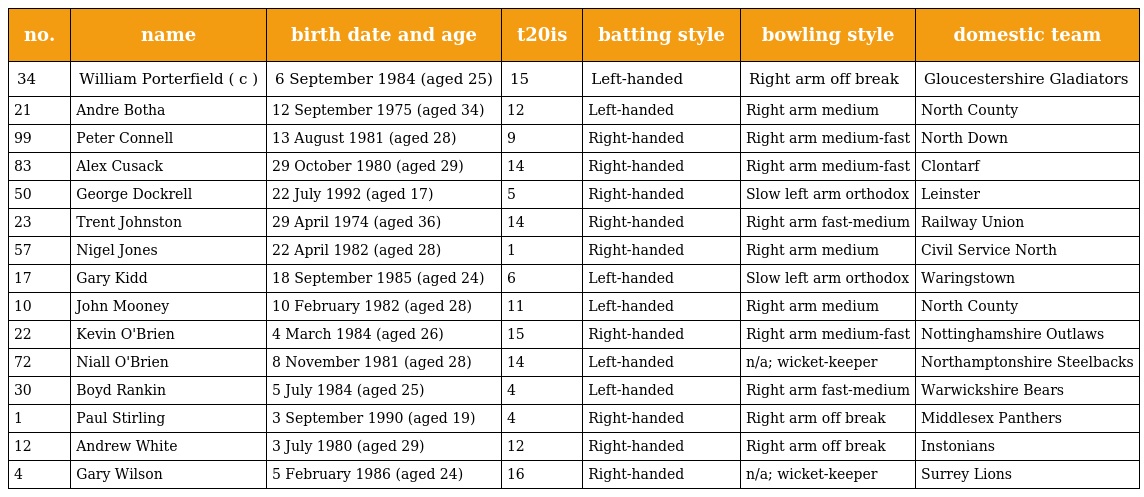
| no. | name | birth date and age | t20is | batting style | bowling style | domestic team |
 | --- | --- | --- | --- | --- | --- | --- |
 | 34 | William Porterfield ( c ) | 6 September 1984 (aged 25) | 15 | Left-handed | Right arm off break | Gloucestershire Gladiators |
 | 21 | Andre Botha | 12 September 1975 (aged 34) | 12 | Left-handed | Right arm medium | North County |
 | 99 | Peter Connell | 13 August 1981 (aged 28) | 9 | Right-handed | Right arm medium-fast | North Down |
 | 83 | Alex Cusack | 29 October 1980 (aged 29) | 14 | Right-handed | Right arm medium-fast | Clontarf |
 | 50 | George Dockrell | 22 July 1992 (aged 17) | 5 | Right-handed | Slow left arm orthodox | Leinster |
 | 23 | Trent Johnston | 29 April 1974 (aged 36) | 14 | Right-handed | Right arm fast-medium | Railway Union |
 | 57 | Nigel Jones | 22 April 1982 (aged 28) | 1 | Right-handed | Right arm medium | Civil Service North |
 | 17 | Gary Kidd | 18 September 1985 (aged 24) | 6 | Left-handed | Slow left arm orthodox | Waringstown |
 | 10 | John Mooney | 10 February 1982 (aged 28) | 11 | Left-handed | Right arm medium | North County |
 | 22 | Kevin O'Brien | 4 March 1984 (aged 26) | 15 | Right-handed | Right arm medium-fast | Nottinghamshire Outlaws |
 | 72 | Niall O'Brien | 8 November 1981 (aged 28) | 14 | Left-handed | n/a; wicket-keeper | Northamptonshire Steelbacks |
 | 30 | Boyd Rankin | 5 July 1984 (aged 25) | 4 | Left-handed | Right arm fast-medium | Warwickshire Bears |
 | 1 | Paul Stirling | 3 September 1990 (aged 19) | 4 | Right-handed | Right arm off break | Middlesex Panthers |
 | 12 | Andrew White | 3 July 1980 (aged 29) | 12 | Right-handed | Right arm off break | Instonians |
 | 4 | Gary Wilson | 5 February 1986 (aged 24) | 16 | Right-handed | n/a; wicket-keeper | Surrey Lions |